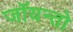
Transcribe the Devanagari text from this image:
जॉयन्तो